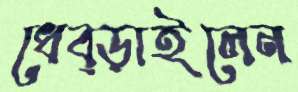
ধেব্‌ড়াইলেন